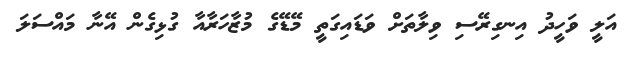
އަލީ ވަހީދު އިނގިރޭސި ވިލާތަށް ވަޑައިގަތީ މޭޑޭގެ މުޒާހަރާއާ ގުޅިގެން އޭނާ މައްސަލަ